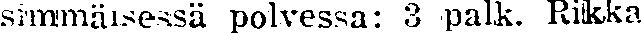
simmäisessä polvessa: 3 palk. Rikka